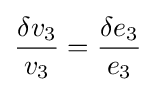
{\frac {\delta v_{3}}{v_{3}}}={\frac {\delta e_{3}}{e_{3}}}